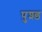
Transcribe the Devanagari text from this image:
पुश्ड